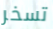
تسخر